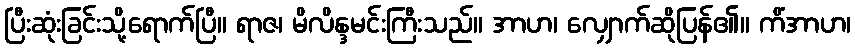
ပြီးဆုံးခြင်းသို့ရောက်ပြီ။ ရာဇ၊ မိလိန္ဒမင်းကြီးသည်။ အာဟ၊ လျှောက်ဆိုပြန်၏။ ကိံအာဟ၊